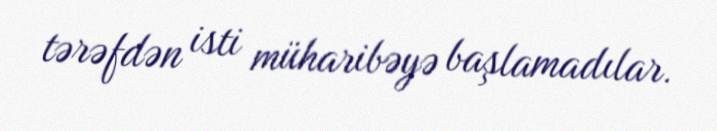
tərəfdən isti müharibəyə başlamadılar.